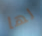
لها